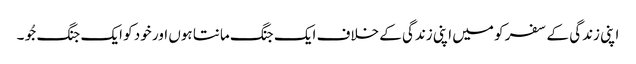
اپنی زندگی کے سفر کو میں اپنی زندگی کے خلاف ایک جنگ مانتا ہوں اور خود کو ایک جنگ جُو ۔